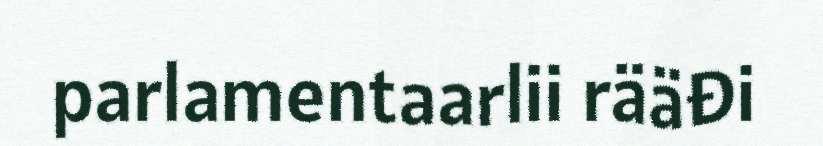
parlamentaarlii rääđi